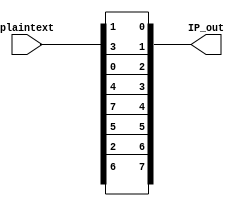
module IP(

	input [0:7] plaintext,
	output [0:7] IP_out);
	
	
	assign IP_out = {plaintext[1], plaintext[5], plaintext[2], plaintext[0], plaintext[3], plaintext[7], plaintext[4], plaintext[6]};


endmodule